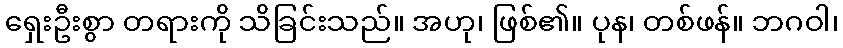
ရှေးဦးစွာ တရားကို သိခြင်းသည်။ အဟု၊ ဖြစ်၏။ ပုန၊ တစ်ဖန်။ ဘဂဝါ၊